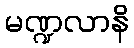
မဏ္ဍလာနိ